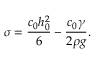
\sigma = \frac { c _ { 0 } h _ { 0 } ^ { 2 } } { 6 } - \frac { c _ { 0 } \gamma } { 2 \rho g } .